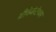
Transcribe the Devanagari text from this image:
श्रीवेकंटेश्वर